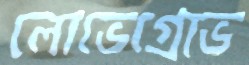
লোভেগ্রোভ